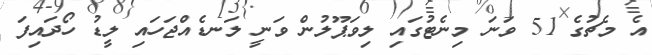
އެ މެޗުގެ 51 ވަނަ މިނެޓުގައި ލިވަޕޫލުން ވަނީ ލަނޑެއްޖަހައި ލީޑު ހޯދައިފަ